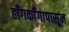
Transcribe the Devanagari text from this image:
हाँगकाँगापासून